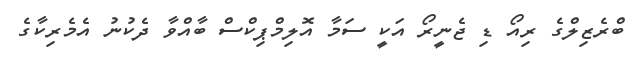
ބްރެޒިލްގެ ރިއޯ ޑި ޖެނީރޯ އަކީ ސަމާ އޮލިމްޕިކްސް ބާއްވާ ދެކުނު އެމެރިކާގެ